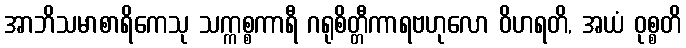
အာဘိသမာစာရိကေသု သက္ကစ္စကာရီ ဂရုစိတ္တီကာရဗဟုလော ဝိဟရတိ, အယံ ဝုစ္စတိ